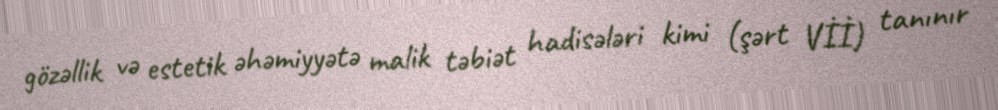
gözəllik və estetik əhəmiyyətə malik təbiət hadisələri kimi (şərt Vİİ) tanınır